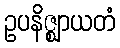
ဥပနိဇ္ဈာယတံ